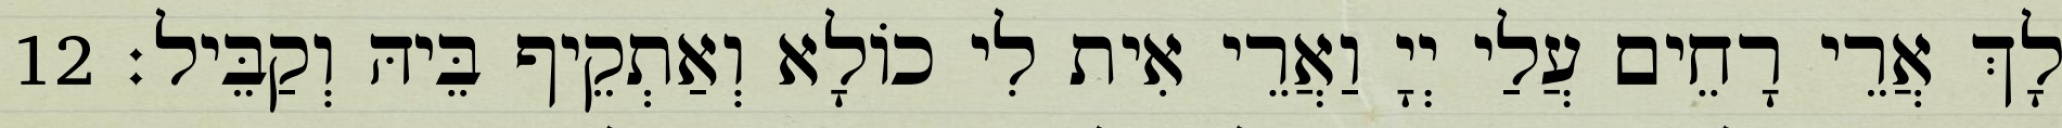
לָךְ אֲרֵי רָחֵים עֲלַי יְיָ וַאֲרֵי אִית לִי כוֹלָא וְאַתְקֵיף בֵּיהּ וְקַבֵּיל׃ 12